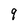
Character: 9